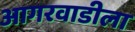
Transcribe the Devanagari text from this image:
आगरवाडीला